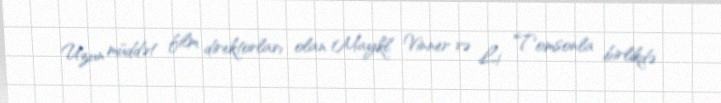
Uzun müddət film direktorları olan Maykl Vinner və Li Tomsonla birlikdə